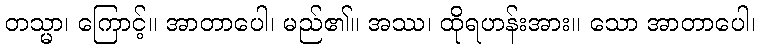
တသ္မာ၊ ကြောင့်။ အာတာပေါ၊ မည်၏။ အဿ၊ ထိုရဟန်းအား။ သော အာတာပေါ၊